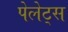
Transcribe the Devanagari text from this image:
पेलेट्स